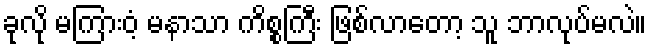
ခုလို မကြားဝံ့ မနာသာ ကိစ္စကြီး ဖြစ်လာတော့ သူ ဘာလုပ်မလဲ။